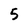
Character: 5